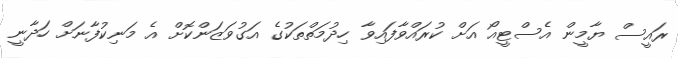
ރައީސް ޔާމީން އެސްޓީއޯ އަށް ކުރައްވާފައިވާ ހިދުމަތްތަކުގެ އަގުވަޒަންކޮށް އެ މަނިކުފާނަށް ހަދާނީ